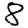
Digit: 8